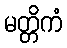
မတ္တိကံ